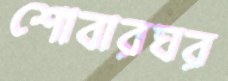
শোবারঘর